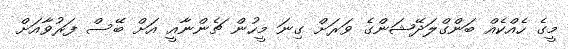
މީގެ ހެއްކެއް ބަންގްލަދޭޝަންގެ ވަރަށް ގިނަ މީހުން ޗެންނާއީ އަށް ބޭސް ފަރުވާއަށް